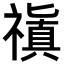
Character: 𥛺